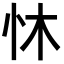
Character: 𪫟